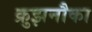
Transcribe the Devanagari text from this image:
क्रुझनौका